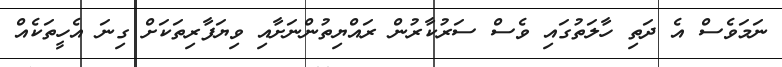
ނަމަވެސް އެ ދަތި ހާލަތުގައި ވެސް ސަރުކާރުން ރައްޔިތުންނަށާއި ވިޔަފާރިތަކަށް ގިނަ އެހީތަކެއް